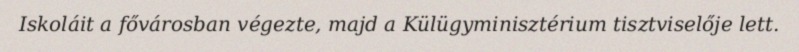
Iskoláit a fővárosban végezte, majd a Külügyminisztérium tisztviselője lett.